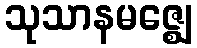
သုသာနမဇ္ဈေ